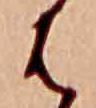
は